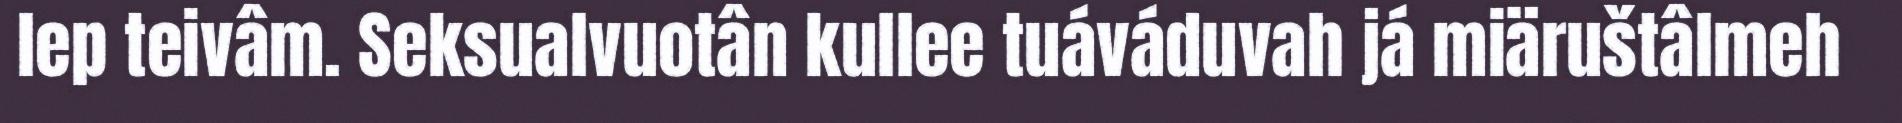
lep teivâm. Seksualvuotân kullee tuáváduvah já miäruštâlmeh